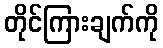
တိုင်ကြားချက်ကို